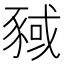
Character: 𬥂